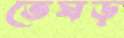
তেঘড়